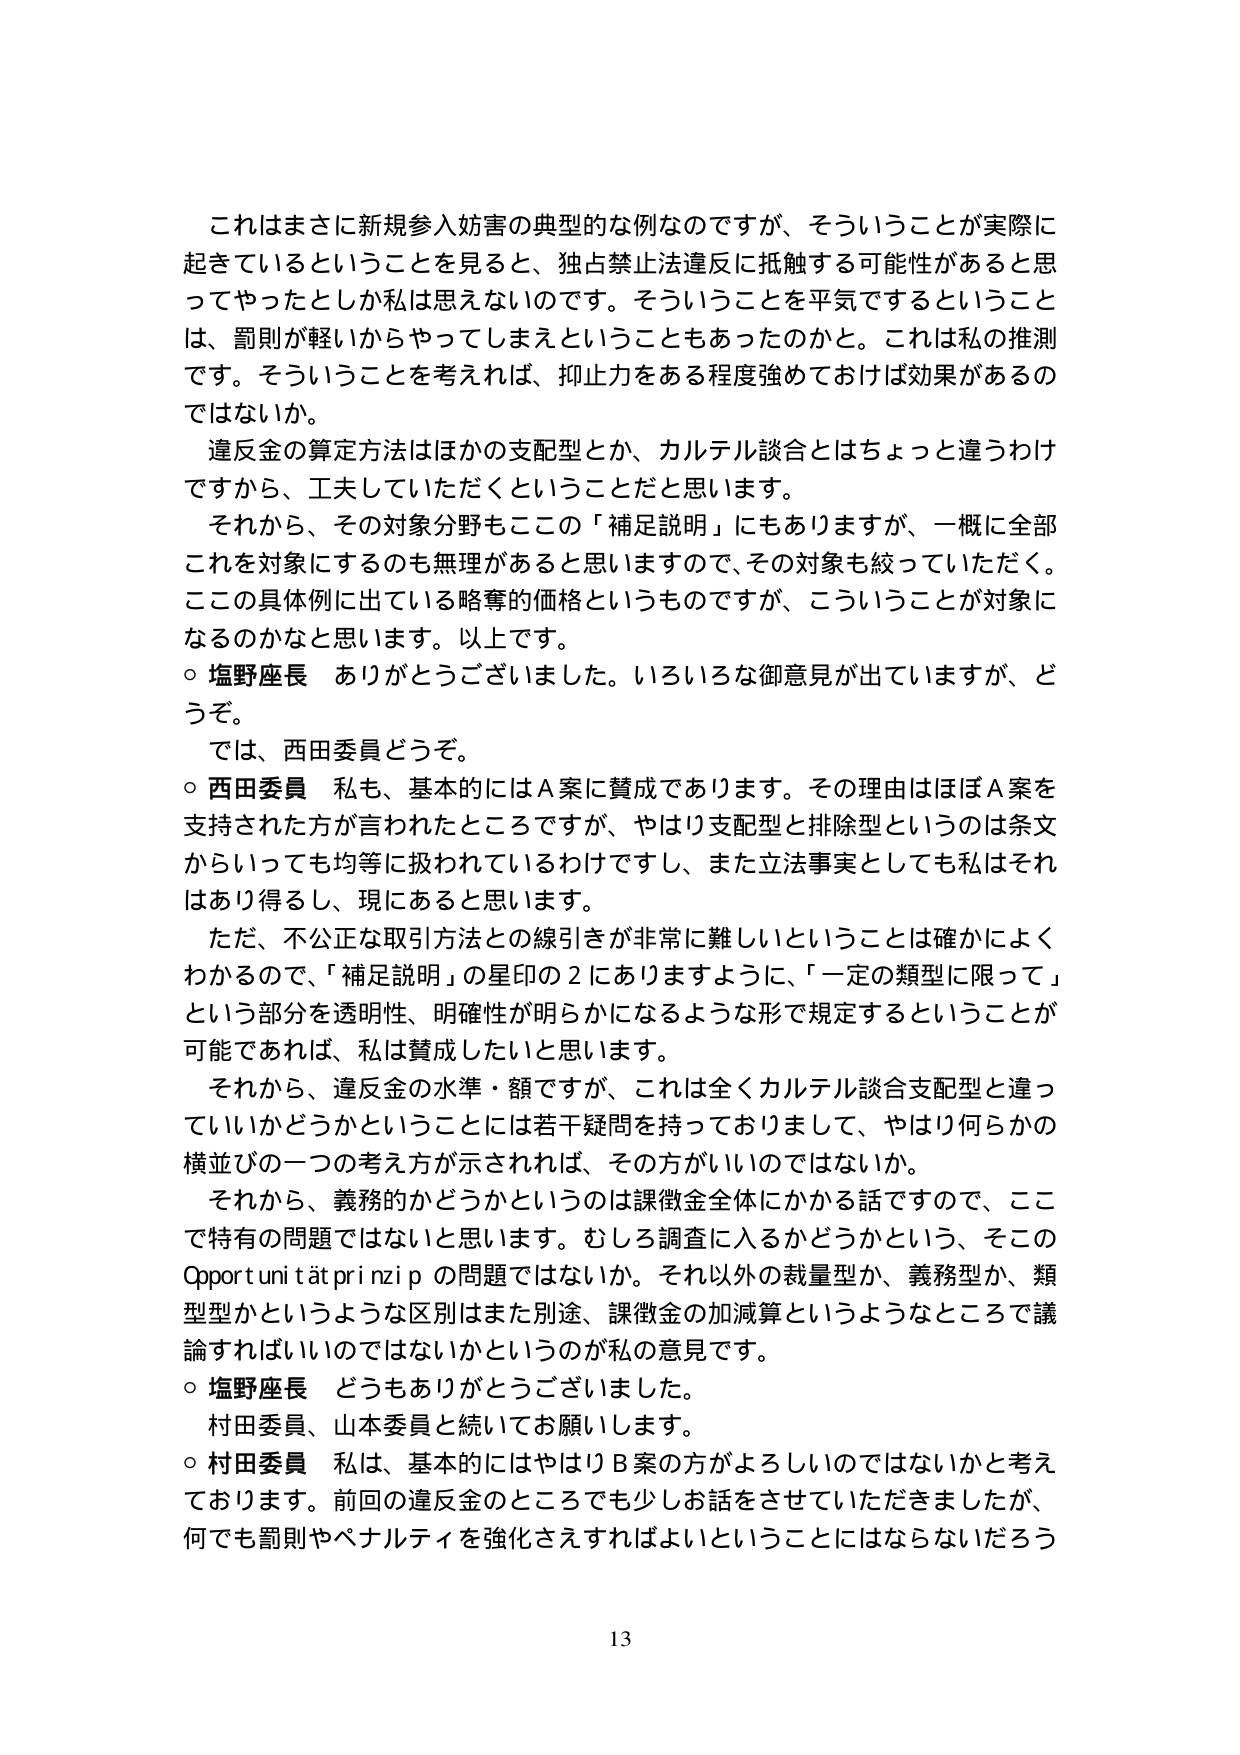
これはまさに新規参入妨害の典型的な例なのですが、そういうことが実際に
起きているということを見ると、独占禁止法違反に抵触する可能性があると思
ってやったとしか私は思えないのです。そういうことを平気でするということ
は、罰則が軽いからやってしまえということもあったのかと。これは私の推測
です。そういうことを考えれば、抑止力をある程度強めておけば効果があるの
ではないか。
違反金の算定方法はほかの支配型とか、カルテル談合とはちょっと違うわけ
ですから、工夫していただくということだと思います。
それから、その対象分野もここの「補足説明」にもありますが、一概に全部
これを対象にするのも無理があると思いますので、その対象も絞っていただく。
ここの具体例に出ていている略奪的価格というものですか、こういうことが対象に
なるのかなと思います。以上です。
○ 塩野座長 ありがとうございました。いろいろな御意見が出ていますが、どうぞ。
では、西田委員どうぞ。
○ 西田委員 私も、基本的にはＡ案に賛成であります。その理由はほぼＡ案を
支持された方が言われたところですが、やはり支配型と排除型というのは条文
からいっても均等に扱われているわけですし、また立法事実としても私はそれ
はあり得るし、現にあると思います。
ただ、不公正な取引方法との線引きが非常に難しいということは確かによく
わかるので、「補足説明」の星印の２にありますように、「一定の類型に限って」
という部分を透明性、明確性が明らかになるような形で規定するということが
可能であれば、私は賛成したいと思います。
それから、違反金の水準・額ですが、これは全くカルテル談合支配型と違っ
ていいかどうかということには若干疑問を持っておりまして、やはり何らかの
横並びの一つの考え方が示されれば、その方がいいのではないか。
それから、義務的かどうかというのは課徴金全体にかかる話ですので、ここ
で特有の問題ではないと思います。むしろ調査に入るかどうかという、そこの
Opportuni tät pr i nzi p の問題ではないか。それ以外の裁量型か、義務型か、類
型型かというような区別はまた別途、課徴金の加減算というようなところで議
論すればいいのではないかというのが私の意見です。
○ 塩野座長 どうもありがとうございました。
村田委員、山本委員と続いてお願いします。
○ 村田委員 私は、基本的にはやはりＢ案の方がよろしいのではないかと考え
ております。前回の違反金のところでも少しお話をさせていただきましたが、
何でも罰則やペナルティを強化さえすればよいということにはならないだろう

13